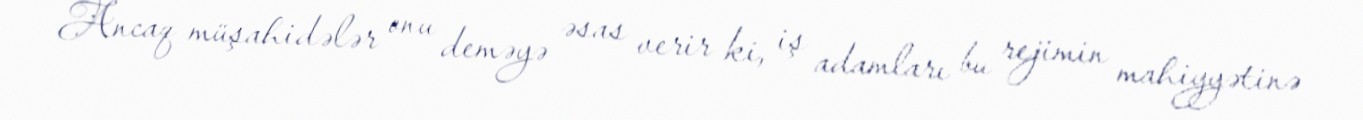
Ancaq müşahidələr onu deməyə əsas verir ki, iş adamları bu rejimin mahiyyətinə